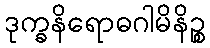
ဒုက္ခနိရောဓဂါမိနိဉ္စ